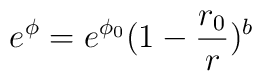
e^{\phi} = e^{\phi_0} (1 - \frac{r_0}{r})^b